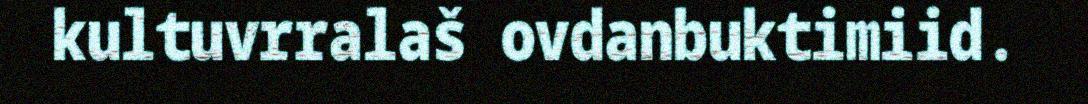
kultuvrralaš ovdanbuktimiid.